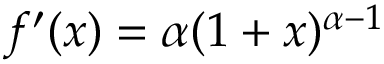
f ^ { \prime } ( x ) = \alpha ( 1 + x ) ^ { \alpha - 1 }